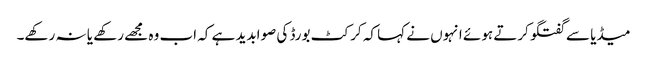
میڈیا سے گفتگو کرتے ہوئے انہوں نے کہا کہ کرکٹ بورڈ کی صوابدید ہے کہ اب وہ مجھے رکھے یا نہ رکھے۔